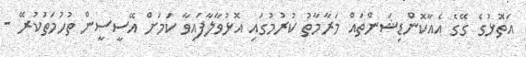
އަތޮޅުގެ ގޭގެ އެއާކޮންޑިޝަންތައް މަރާމާތު ކުރުމުގައި އޮޅުވާލާފައިވާ ކަމަށް އޭސީސީން ތުހުމަތުކުރޭ -